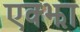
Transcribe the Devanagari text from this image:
एक्झा